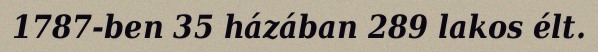
1787-ben 35 házában 289 lakos élt.